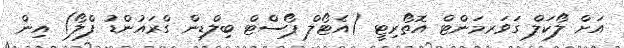
އަށް ލޯކަލް ގަވަރމަންޓް އޮތޯރިޓީ (އެޓޯލް ޕޯސްޓް ބިލްޑިން ގްރައުންޑު ފްލޯ) އިން